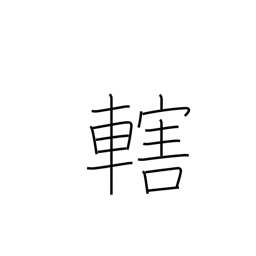
Meaning: control